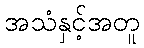
အသံနှင့်အတူ